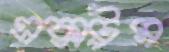
এক্সট্রম